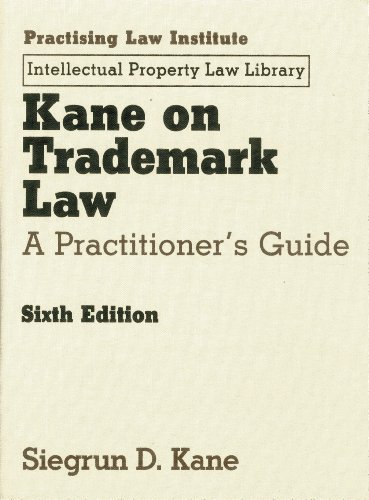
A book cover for Kane on Trademark Law: A Practitioner's Guide (includes CD) (Intellectual Property Law Library); Siegrun D. Kane; Law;